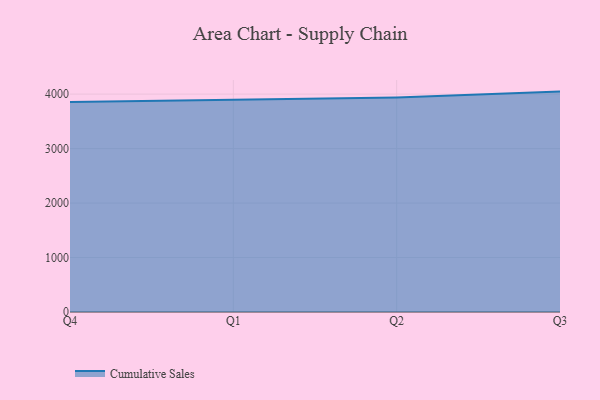
{"axis": {"x": "Quarter", "y": "Market Share (%)"}, "legend": ["Cumulative Sales"], "data": [{"x": "Q4", "y": 3854.9, "type": "Cumulative Sales"}, {"x": "Q1", "y": 3898.9, "type": "Cumulative Sales"}, {"x": "Q2", "y": 3939.1, "type": "Cumulative Sales"}, {"x": "Q3", "y": 4046.5, "type": "Cumulative Sales"}]}